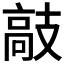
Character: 𫾣